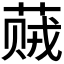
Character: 𬝠